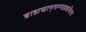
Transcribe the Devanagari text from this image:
ब्राह्मणान्‌सम्यग्राहयित्वा